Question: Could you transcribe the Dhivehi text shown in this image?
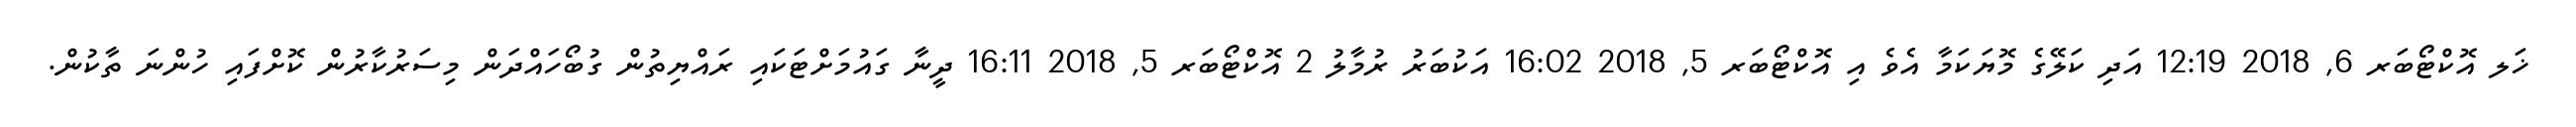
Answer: ޚަލ އޮކްޓޯބަރ 6, 2018 12:19 އަދި ކަލޭގެ މޮޔަކަމާ އެވެ އި އޮކްޓޯބަރ 5, 2018 16:02 އަކުބަރު ރުމާލު 2 އޮކްޓޯބަރ 5, 2018 16:11 ދީނާ ގައުމަށްޓަކައި ރައްޔިތުން ގުބޯހައްދަން މިސަރުކާރުން ކޮށްފައި ހުންނަ ތާކުން.